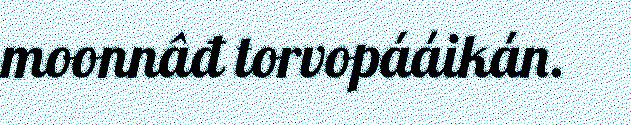
moonnâđ torvopááikán.